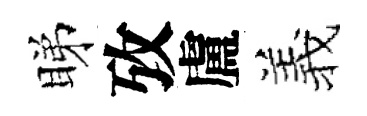
睇攷盧羲